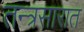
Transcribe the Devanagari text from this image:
तन्त्रसारात